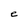
Character: e